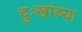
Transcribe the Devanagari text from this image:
दुःखांच्या